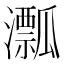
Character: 𤃛